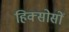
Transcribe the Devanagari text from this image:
हिक्सोसों